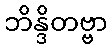
ဘိန္ဒိတဗ္ဗာ